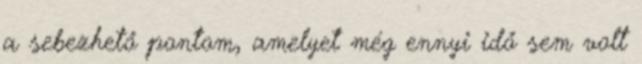
a sebezhető pontom, amelyet még ennyi idő sem volt